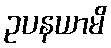
ဥပနယာမိ